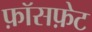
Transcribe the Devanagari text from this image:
फ़ॉसफ़ेट